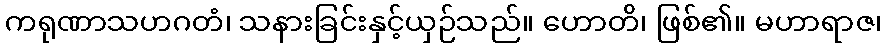
ကရုဏာသဟဂတံ၊ သနားခြင်းနှင့်ယှဉ်သည်။ ဟောတိ၊ ဖြစ်၏။ မဟာရာဇ၊